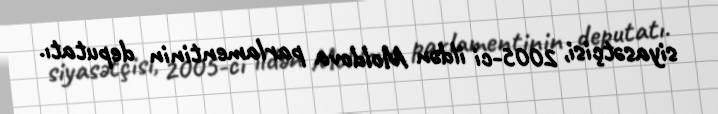
siyasətçisi, 2005-ci ildən Moldova parlamentinin deputatı.